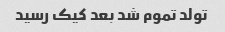
تولد تموم شد بعد کیک رسید